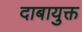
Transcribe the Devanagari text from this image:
दाबायुक्त